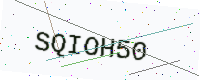
Text: SQIOH50